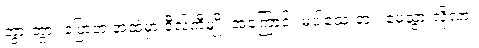
ဘွားဘွား ပြောတဲ့ အထဲမှာ ဝီလ်ကီမျိုး အကြောင်း မပါသေးဘူး၊ မေ့သွားလို့လား